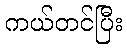
ကယ်တင်ပြီး